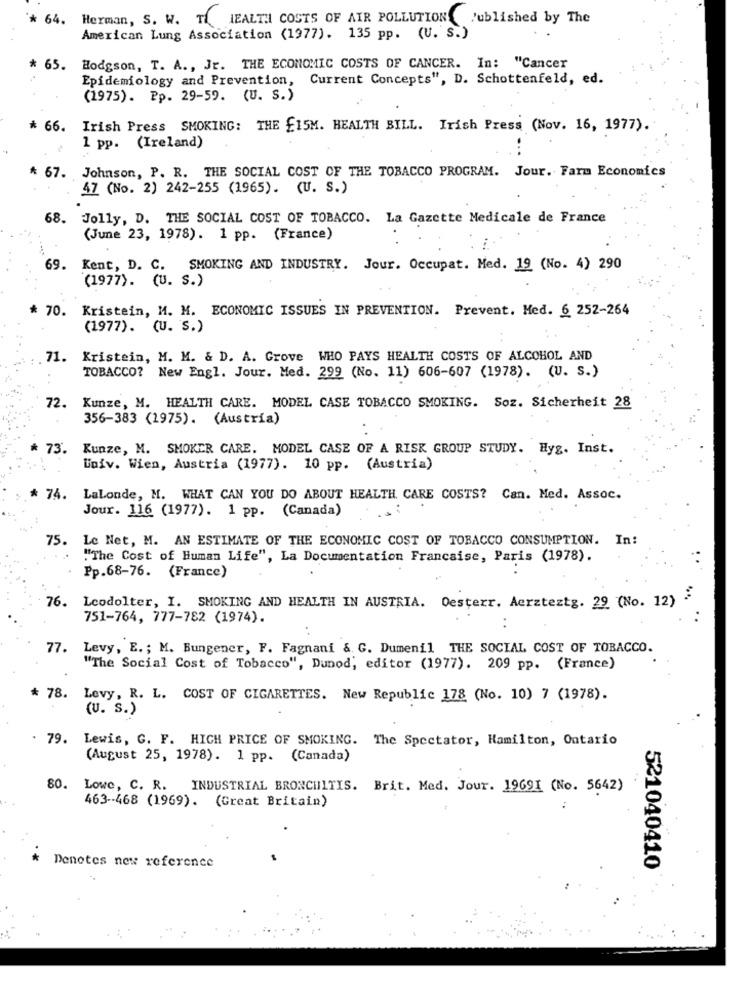
* 64. Herman, S. W. T HEALTH COSTS OF AIR POLLUTION Published by The
American Lung Association (1977). 135 pp. (U. S.)
* 65. Hodgson, T. A ., Jr. THE ECONOMIC COSTS OF CANCER. In: "Cancer
Epidemiology and Prevention, Current Concepts", D. Schottenfeld, ed.
(1975). Pp. 29-59. (U. S.)
* 66.
Irish Press SMOKING: THE £15M. HEALTH BILL. Irish Press (Nov. 16, 1977).
1 pp. (Ireland)
* 67. Johnson, P. R. THE SOCIAL COST OF THE TOBACCO PROGRAM. Jour. Farm Economics
47 (No. 2) 242-255 (1965). (U. S.)
68. Jolly, D. THE SOCIAL COST OF TOBACCO. La Gazette Medicale de France
(June 23, 1978). 1 pp. (France)
69. Kent, D. C. SMOKING AND INDUSTRY. Jour. Occupat. Med. 19 (No. 4) 290
(1977). (U. S.)
* 70. Kristein, M. M. ECONOMIC ISSUES IN PREVENTION. Prevent. Med. 6 252-264
(1977). (U. S.)
71. Kristein, M. M. & D. A. Grove WHO PAYS HEALTH COSTS OF ALCOHOL AND
TOBACCO? New Engl. Jour. Med. 299 (No. 11) 606-607 (1978). (U. S.)
72.
Kunze, M. HEALTH CARE. MODEL CASE TOBACCO SMOKING. Soz. Sicherheit 28
356-383 (1975). (Austria)
73.
Kunze, M. SMOKER CARE. MODEL CASE OF A RISK GROUP STUDY. Hyg. Inst.
Univ. Wien, Austria (1977). 10 pp. (Austria)
* 74.
LaLonde, M. WHAT CAN YOU DO ABOUT HEALTH CARE COSTS? Can. Med. Assoc.
Jour. 116 (1977). 1 pp. (Canada)
75.
Le Net, M. AN ESTIMATE OF THE ECONOMIC COST OF TOBACCO CONSUMPTION. In:
"The Cost of Human Life", La Documentation Francaise, Paris (1978).
Pp.68-76. (France)
76. Leodolter, I. SMOKING AND HEALTH IN AUSTRIA. Oesterr. Aerzteztg. 29 (No. 12) .
751-764, 777-782 (1974).
. .
77. Levy, E .; M. Bungener, F. Fagnani & G. Dumenil THE SOCIAL COST OF TOBACCO.
"The Social Cost of Tobacco", Dunod, editor (1977). 209 pp. (France)
* 78. Levy, R. L. COST OF CIGARETTES. New Republic 178 (No. 10) 7 (1978).
(U. S.)
79. Lewis, G. F. HIGH PRICE OF SMOKING. The Spectator, Hamilton, Ontario
(August 25, 1978). 1 pp. (Canada)
80.
Lowe, C. R. INDUSTRIAL BRONCHITIS. Brit. Med. Jour. 19691 (No. 5642)
463-468 (1969). (Great Britain)
Denotes new reference
521040410